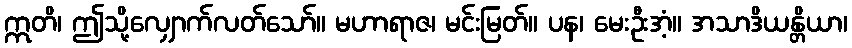
ဣတိ၊ ဤသို့လျှောက်လတ်သော်။ မဟာရာဇ၊ မင်းမြတ်။ ပန၊ မေးဦးအံ့။ အသာဒိယန္တိယာ၊